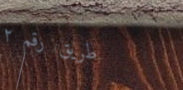
طريق رقم ٢